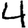
Digit: 4